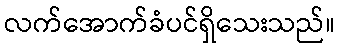
လက်အောက်ခံပင်ရှိသေးသည်။